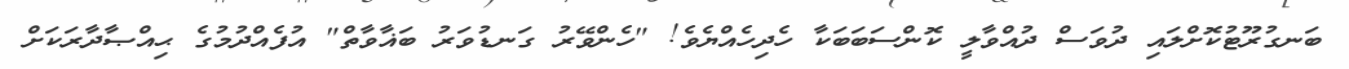
ބަނގުރޫޓުކޮށްލައި ދުވަސް ދުއްވާލީ ކޮންސަބަބަކާ ހެދިހެއްޔެވެ! "ހެންވޭރު ގަނޑުވަރު ބަޣާވާތް" އުފެއްދުމުގެ ޙިއްޞާދާރަކަށް